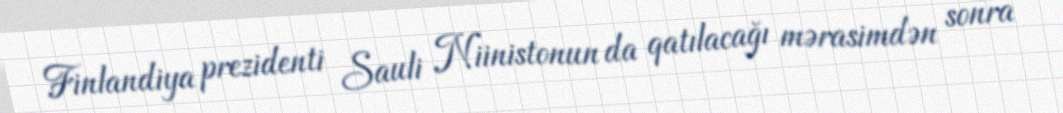
Finlandiya prezidenti Sauli Niinistonun da qatılacağı mərasimdən sonra